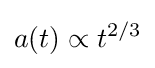
a(t)\propto t^{2/3}